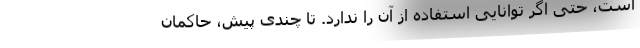
است، حتی اگر توانایی استفاده از آن را ندارد. تا چندی پیش، حاکمان